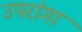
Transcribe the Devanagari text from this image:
उपरांगा